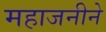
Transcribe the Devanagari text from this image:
महाजनीने